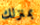
بمنزلك